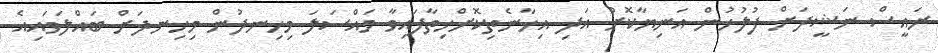
ރައީސް ނަޝީދަށް ފުލުހުން އަނިޔާކޮށް އަދި އިހާނެތިކޮށްހިތާފައިވާ މައްސަލަ މިހިނދުން މިހިނދަށް ބައްލަވައިއެ